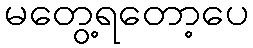
မတွေ့ရတော့ပေ